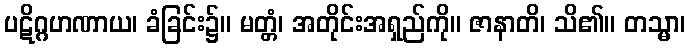
ပဋိဂ္ဂဟဏာယ၊ ခံခြင်း၌။ မတ္တံ၊ အတိုင်းအရှည်ကို။ ဇာနာတိ၊ သိ၏။ တသ္မာ၊